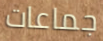
جماعات